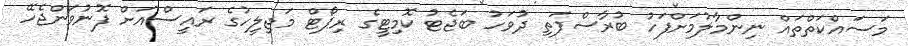
މަސައްކަތްތައް ނިންމާލުމަށްފަހު ބުރާސްފަތި ދުވަހު ބަޖެޓު ކޮމިޓީގެ ރިޕޯޓް މަޖިލީހުގެ ރައީސްއަށް ފޮނުވަންޖެހޭ